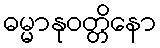
ဓမ္မာနုဝတ္တိနော